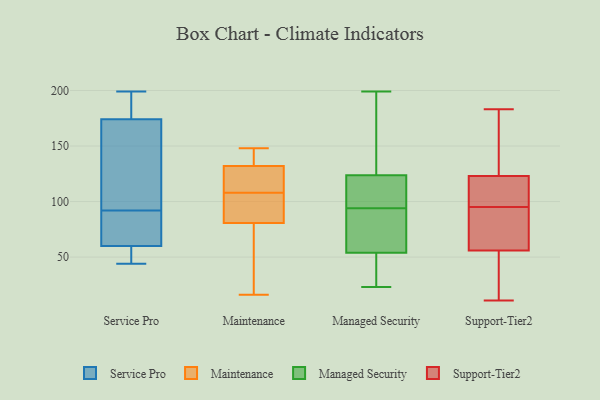
{"axis": {"x": "Satisfaction Score", "y": "Value"}, "legend": ["Maintenance", "Managed Security", "Service Pro", "Support-Tier2"], "data": [{"x": "", "y": 174, "type": "Service Pro"}, {"x": "", "y": 71, "type": "Service Pro"}, {"x": "", "y": 60, "type": "Service Pro"}, {"x": "", "y": 180, "type": "Service Pro"}, {"x": "", "y": 45, "type": "Service Pro"}, {"x": "", "y": 113, "type": "Service Pro"}, {"x": "", "y": 65, "type": "Service Pro"}, {"x": "", "y": 157, "type": "Service Pro"}, {"x": "", "y": 199, "type": "Service Pro"}, {"x": "", "y": 44, "type": "Service Pro"}, {"x": "", "y": 129, "type": "Maintenance"}, {"x": "", "y": 113, "type": "Maintenance"}, {"x": "", "y": 82, "type": "Maintenance"}, {"x": "", "y": 148, "type": "Maintenance"}, {"x": "", "y": 82, "type": "Maintenance"}, {"x": "", "y": 108, "type": "Maintenance"}, {"x": "", "y": 108, "type": "Maintenance"}, {"x": "", "y": 144, "type": "Maintenance"}, {"x": "", "y": 16, "type": "Maintenance"}, {"x": "", "y": 77, "type": "Maintenance"}, {"x": "", "y": 141, "type": "Maintenance"}, {"x": "", "y": 112, "type": "Maintenance"}, {"x": "", "y": 68, "type": "Maintenance"}, {"x": "", "y": 94, "type": "Managed Security"}, {"x": "", "y": 160, "type": "Managed Security"}, {"x": "", "y": 110, "type": "Managed Security"}, {"x": "", "y": 182, "type": "Managed Security"}, {"x": "", "y": 124, "type": "Managed Security"}, {"x": "", "y": 123, "type": "Managed Security"}, {"x": "", "y": 36, "type": "Managed Security"}, {"x": "", "y": 164, "type": "Managed Security"}, {"x": "", "y": 23, "type": "Managed Security"}, {"x": "", "y": 91, "type": "Managed Security"}, {"x": "", "y": 199, "type": "Managed Security"}, {"x": "", "y": 114, "type": "Managed Security"}, {"x": "", "y": 30, "type": "Managed Security"}, {"x": "", "y": 100, "type": "Managed Security"}, {"x": "", "y": 63, "type": "Managed Security"}, {"x": "", "y": 27, "type": "Managed Security"}, {"x": "", "y": 54, "type": "Managed Security"}, {"x": "", "y": 82, "type": "Managed Security"}, {"x": "", "y": 54, "type": "Managed Security"}, {"x": "", "y": 89, "type": "Support-Tier2"}, {"x": "", "y": 11, "type": "Support-Tier2"}, {"x": "", "y": 21, "type": "Support-Tier2"}, {"x": "", "y": 56, "type": "Support-Tier2"}, {"x": "", "y": 160, "type": "Support-Tier2"}, {"x": "", "y": 137, "type": "Support-Tier2"}, {"x": "", "y": 101, "type": "Support-Tier2"}, {"x": "", "y": 71, "type": "Support-Tier2"}, {"x": "", "y": 108, "type": "Support-Tier2"}, {"x": "", "y": 84, "type": "Support-Tier2"}, {"x": "", "y": 29, "type": "Support-Tier2"}, {"x": "", "y": 174, "type": "Support-Tier2"}, {"x": "", "y": 73, "type": "Support-Tier2"}, {"x": "", "y": 123, "type": "Support-Tier2"}, {"x": "", "y": 183, "type": "Support-Tier2"}, {"x": "", "y": 23, "type": "Support-Tier2"}, {"x": "", "y": 112, "type": "Support-Tier2"}, {"x": "", "y": 122, "type": "Support-Tier2"}]}